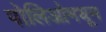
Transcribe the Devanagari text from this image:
पोलिओमधून